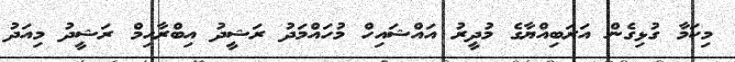
މިކަމާ ގުޅިގެން އަރަބިއްޔާގެ މުދީރު އައްޝައިހް މުހައްމަދު ރަޝީދު އިބްރާހިމް ރަޝީދު މިއަދު